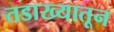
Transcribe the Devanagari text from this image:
तडाख्यातून